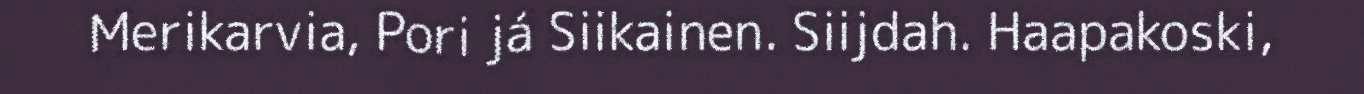
Merikarvia, Pori já Siikainen. Siijdah. Haapakoski,